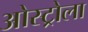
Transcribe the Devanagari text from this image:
ओस्ट्रोला